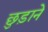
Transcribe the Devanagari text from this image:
छु़ड़ाने